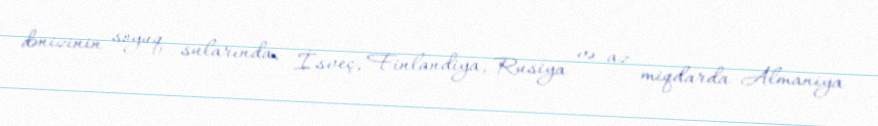
dənizinin soyuq sularında, İsveç, Finlandiya, Rusiya və az miqdarda Almaniya